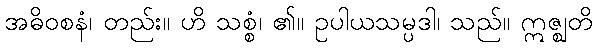
အဓိဝစနံ၊ တည်း။ ဟိ သစ္စံ၊ ၏။ ဥပါယသမ္ပဒါ၊ သည်။ ဣဇ္ဈတိ